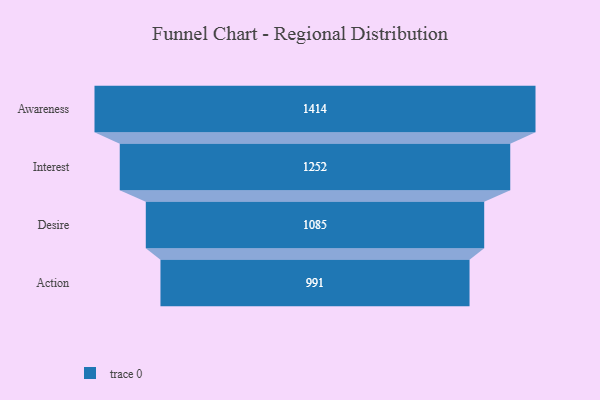
{"axis": {"x": "Stage", "y": "Value"}, "legend": [""], "data": [{"x": "Awareness", "y": 1414.0, "type": ""}, {"x": "Interest", "y": 1252.0, "type": ""}, {"x": "Desire", "y": 1085.0, "type": ""}, {"x": "Action", "y": 991.0, "type": ""}]}